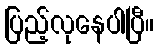
ပြည့်လုနေပါပြီ။